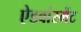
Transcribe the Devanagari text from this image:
ऐडवांस्मेंट